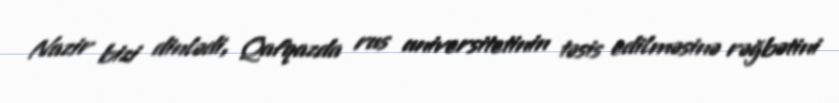
Nazir bizi dinlədi, Qafqazda rus universitetinin təsis edilməsinə rəğbətini